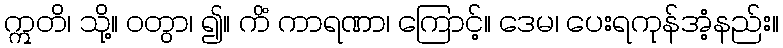
ဣတိ၊ သို့။ ဝတွာ၊ ၍။ ကိံ ကာရဏာ၊ ကြောင့်။ ဒေမ၊ ပေးရကုန်အံ့နည်း။